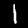
Label: 1